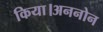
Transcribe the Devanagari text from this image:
किया।अननोन